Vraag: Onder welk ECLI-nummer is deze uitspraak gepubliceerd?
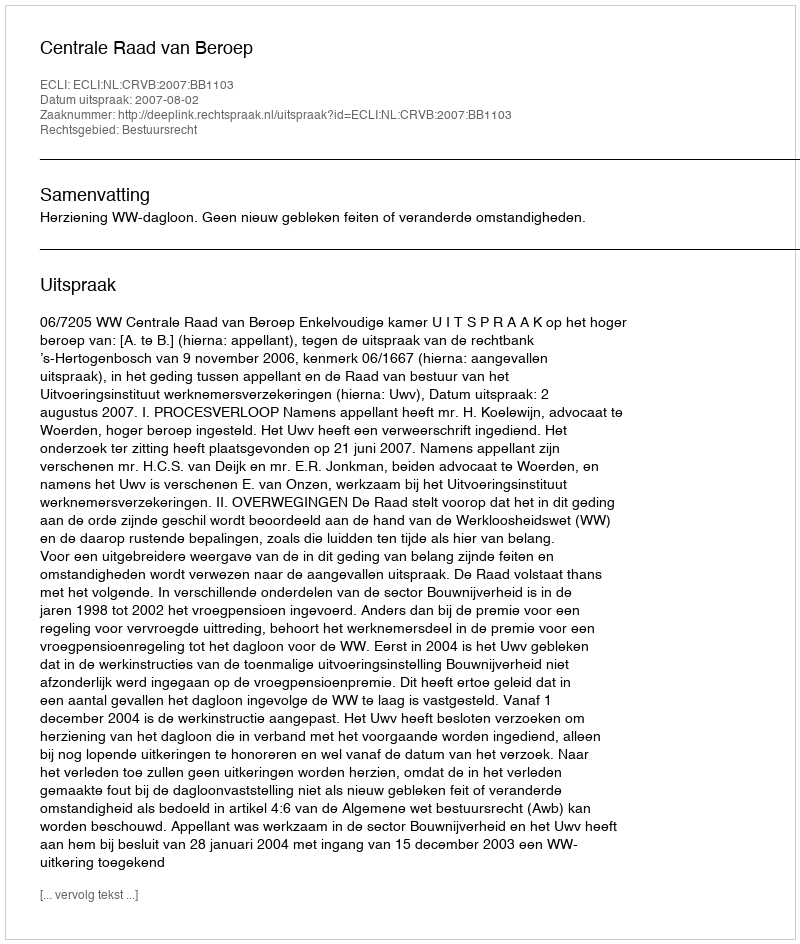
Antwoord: ECLI:NL:CRVB:2007:BB1103